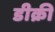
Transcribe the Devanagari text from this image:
डीक्री